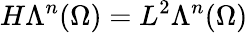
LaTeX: H\Lambda^{n}(\Omega)=L^{2}\Lambda^{n}(\Omega)